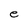
Character: e